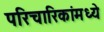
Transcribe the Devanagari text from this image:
परिचारिकांमध्ये